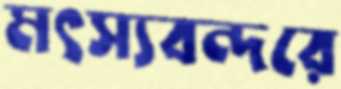
মৎস্যবন্দরে